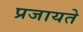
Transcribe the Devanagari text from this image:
प्रजायते